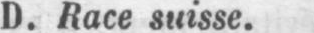
D. Race suisse.